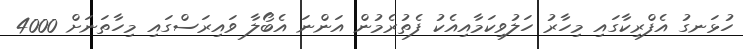
ހުޅަނގު އެފްރިކާގައި މިހާރު ހަލުވިކަމާއިއެކު ފެތުރެމުން އަންނަ އެބޯލާ ވައިރަސްގައި މިހާތަނަށް 4000